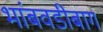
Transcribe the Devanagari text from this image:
भांबवडीबाग